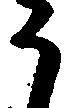
う